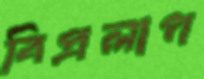
বিপ্রলাপ